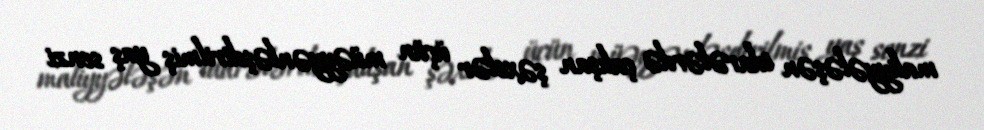
maliyyələşən idarələrdə çalışan şəxslər üçün müəyyənləşdirilmiş yaş senzi